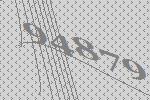
94879